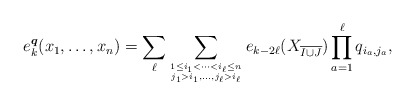
\begin{gather*}e_{k}^{\boldsymbol{q}}(x_1,\ldots,x_n)=\sum_{\ell} \sum_{1 \le i_{1} < \cdots < i_{\ell} \le n \atop j_{1} > i_{1}, \ldots ,j_{\ell} > i_{\ell}} e_{k-2\ell}(X_{\overline{I \cup J}}) \prod_{a=1}^{\ell} q_{i_{a},j_{a}},\end{gather*}